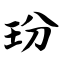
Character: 玢